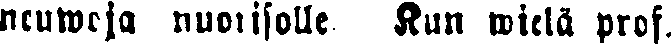
neuwoja nuorisolle. Kun wielä prof.